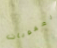
العقوبات